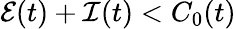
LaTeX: \mathcal{E}(t)+\mathcal{I}(t)<C_{0}(t)